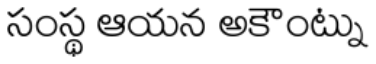
సంస్థ ఆయన అకౌంట్ను